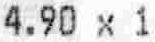
4.90 X 1